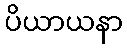
ပိယာယနာ